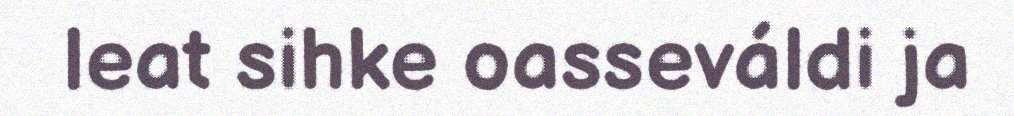
leat sihke oasseváldi ja